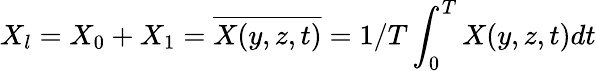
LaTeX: X_{l}=X_{0}+X_{1}=\overline{{X(y,z,t)}}=1/T\int_{0}^{T}X(y,z,t)dt